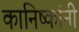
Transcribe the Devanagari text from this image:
कानिष्कांनी